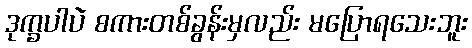
ဒုက္ခပါပဲ စကားတစ်ခွန်းမှလည်း မပြောရသေးဘူး